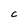
Character: C